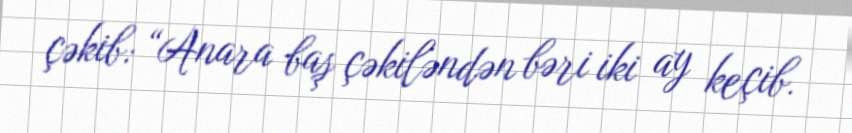
çəkib: “Anara baş çəkiləndən bəri iki ay keçib.